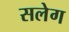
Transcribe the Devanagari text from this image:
सलेग